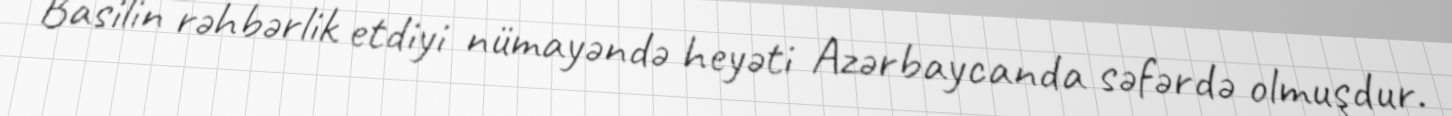
Basilin rəhbərlik etdiyi nümayəndə heyəti Azərbaycanda səfərdə olmuşdur.